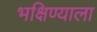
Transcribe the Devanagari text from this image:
भक्षिण्याला